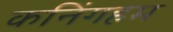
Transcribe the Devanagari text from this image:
कनिंगहम